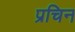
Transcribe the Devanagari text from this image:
प्रचिन